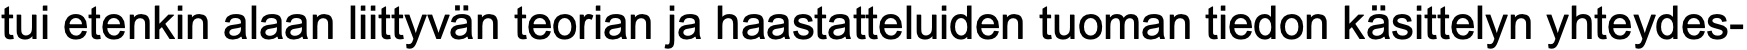
tui etenkin alaan liittyvän teorian ja haastatteluiden tuoman tiedon käsittelyn yhteydes-